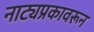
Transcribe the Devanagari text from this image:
नाट्यप्रकावरून